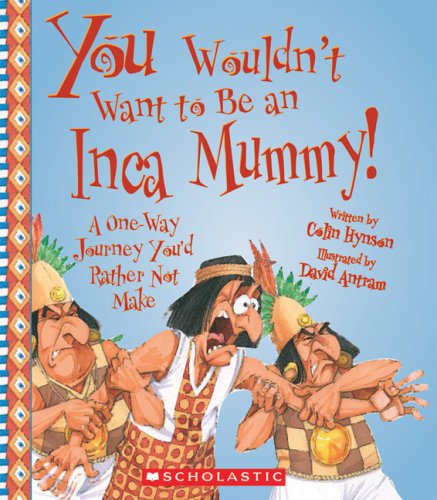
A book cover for You Wouldn't Want to Be an Inca Mummy!: A One-Way Journey You'd Rather Not Make; Colin Hynson; Children's Books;